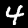
Digit: 4